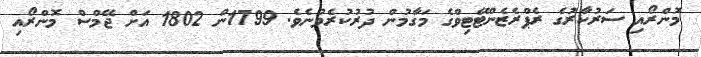
މޮންރޯއި ސަރުކާރުގެ ރެޕްރެޒެންޓޭޓިވްގެ މަގާމުން ދުރުކުރެވުނެވެ. 1799ން 1802 އަށް ޖޭމްސް މޮންރޯއި